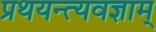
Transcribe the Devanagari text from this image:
प्रथयन्त्यवज्ञाम्‌